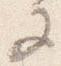
又